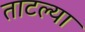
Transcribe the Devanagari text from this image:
ताटल्या